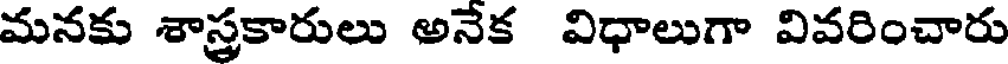
మనకు శాస్త్రకారులు అనేక విధాలుగా వివరించారు